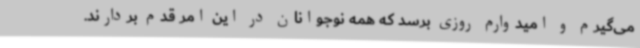
می‌گیرم و امیدوارم روزی برسد که همه نوجوانان در این امر قدم بردارند.